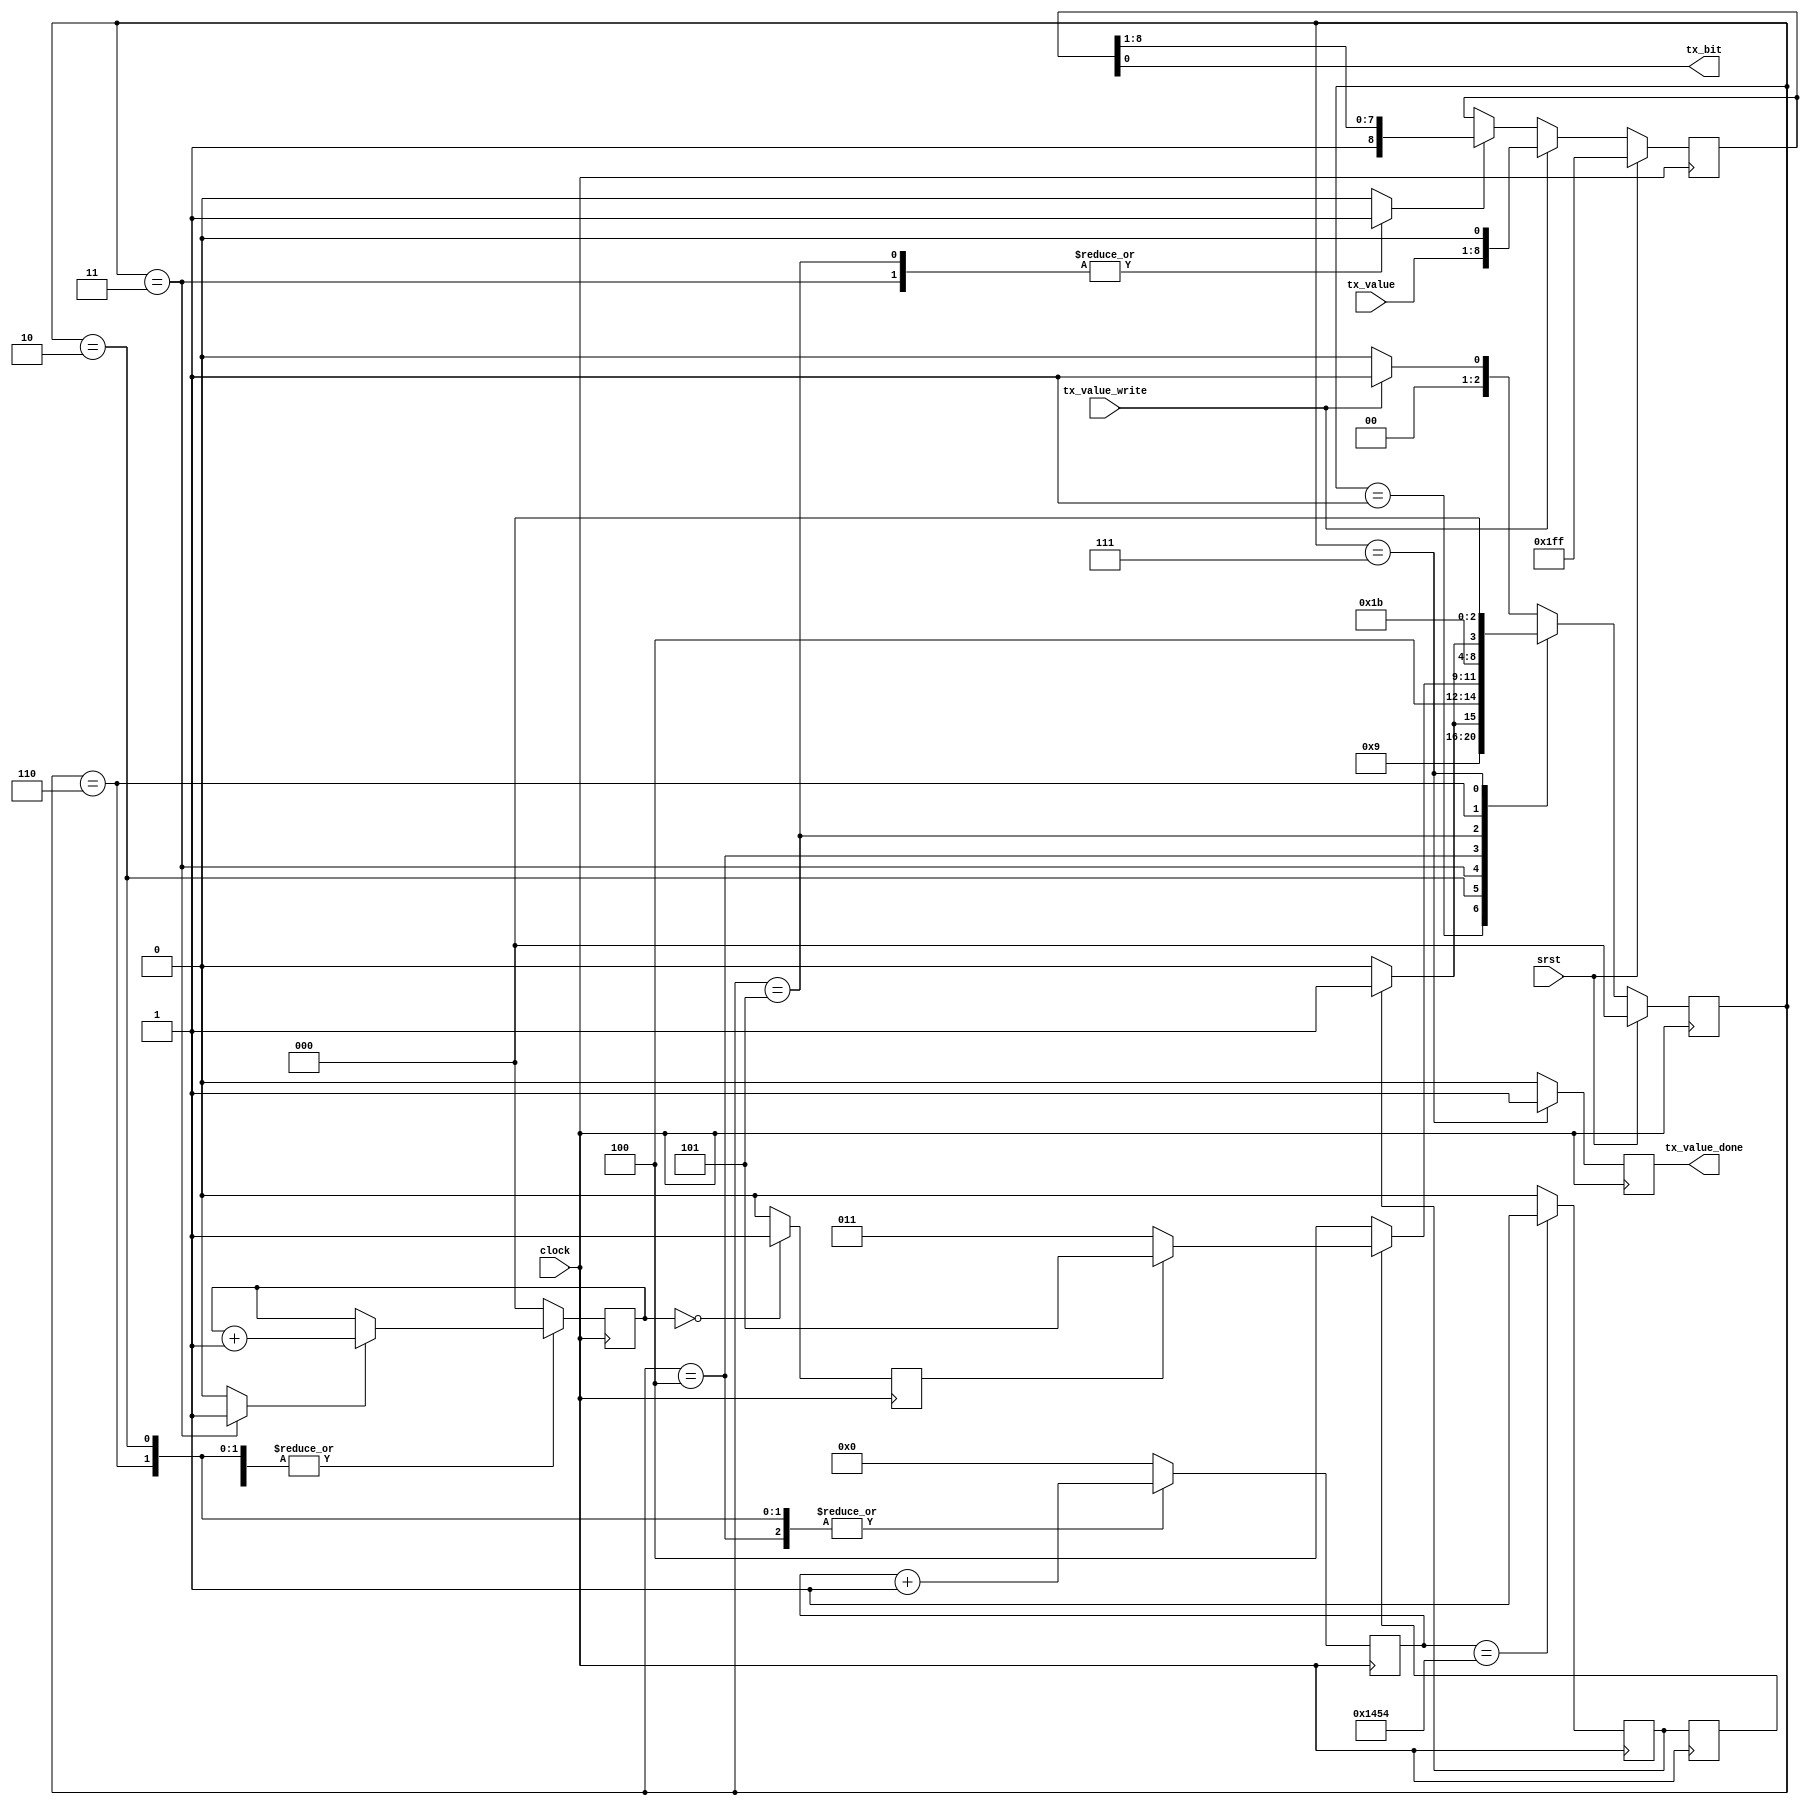
//-----------------------------------------------------------------------------
// Title         : Simple Uart TX Module
//-----------------------------------------------------------------------------
//-----------------------------------------------------------------------------
// Description :
// Implements a basic TX UART / 8-bit / No Parity / 1 Stop Bit
//-----------------------------------------------------------------------------
// Copyright (c) 2019 by Christophe Clienti. This model is the confidential and
// proprietary property of Christophe Clienti and the possession or use of this
// file requires a written license from Christophe Clienti.
//------------------------------------------------------------------------------

`timescale 1 ns / 100 ps

module simple_uart_tx
  #(parameter SYSTEM_FREQ = 50_000_000,
    parameter BAUD_RATE   = 9600)

   (input wire       clock,
    input wire       srst,

    output wire      tx_bit,

    input wire [7:0] tx_value,
    input wire       tx_value_write,
    output reg       tx_value_done);

   //---------------------------------------------------------------------------
   // Constants
   //---------------------------------------------------------------------------

   localparam NUM_BITS           = 8;
   localparam BITS_COUNTER_MAX   = NUM_BITS - 1;
   localparam LOG2_NUM_BITS      = $clog2(NUM_BITS);
   localparam BAUD_COUNTER_MAX   = SYSTEM_FREQ / BAUD_RATE - 4;
   localparam BAUD_COUNTER_WIDTH = $clog2(BAUD_COUNTER_MAX + 1);


   //---------------------------------------------------------------------------
   // Baud Counter
   //---------------------------------------------------------------------------

   reg [BAUD_COUNTER_WIDTH-1 : 0] baud_counter;
   reg baud_counter_reset;
   reg baud_counter_max_new;
   reg baud_counter_max;
   reg baud_counter_max2;

   always @(posedge clock) begin
      if (baud_counter_reset == 1'b1) begin
         baud_counter <= 0;
      end
      else begin
         baud_counter <= baud_counter + 1'b1;
      end
   end

   always @(*) begin
      if (baud_counter == BAUD_COUNTER_MAX[BAUD_COUNTER_WIDTH-1:0]) begin
         baud_counter_max_new = 1'b1;
      end
      else begin
         baud_counter_max_new = 1'b0;
      end
   end

   always @(posedge clock) begin
      baud_counter_max <= baud_counter_max_new;
      baud_counter_max2 <= baud_counter_max;
   end


   //---------------------------------------------------------------------------
   // TX Bits Counter
   //---------------------------------------------------------------------------

   reg [LOG2_NUM_BITS-1 : 0] bits_counter;
   reg bits_counter_incr;
   reg bits_counter_reset;
   reg bits_counter_max;

   always @(posedge clock) begin
      if (bits_counter_reset == 1'b1) begin
         bits_counter <= 0;
      end
      else if (bits_counter_incr == 1'b1) begin
         bits_counter <= bits_counter + 1'b1;
      end
   end

   always @(posedge clock) begin
      if (bits_counter == 0) begin
         bits_counter_max <= 1'b1;
      end
      else begin
         bits_counter_max <= 1'b0;
      end
   end


   //---------------------------------------------------------------------------
   // Receive shift register
   //---------------------------------------------------------------------------

   // The tx_shift_reg width use NUM_BITS+2 bits to send the
   // start The stop will be sent automatically at the end becuse we
   // push 1 in the shift register. The bit tx_shift_reg[0] will be
   // directly assigned to the output of the module.
   reg [NUM_BITS : 0] tx_shift_reg;
   reg tx_shift;

   always @(posedge clock) begin
      if (srst == 1'b1) begin
         tx_shift_reg <= {(NUM_BITS+1){1'b1}};
      end
      else begin
         if (tx_value_write == 1'b1) begin
            tx_shift_reg <= {/*word: */ tx_value, /*start: */ 1'b0};
         end
         else if (tx_shift == 1'b1) begin
            // We send bits LSB first.
            tx_shift_reg <= {1'b1, tx_shift_reg[NUM_BITS : 1]};
         end
      end
   end


   //---------------------------------------------------------------------------
   // Finite State Machine
   //---------------------------------------------------------------------------
   // _____         _____  _____  _____  _____  _____
   // IDLE \ START /  B0 \/  B1 \/ ... \/  B7 \/ STOP
   //       \_____/\_____/\_____/\_____/\_____/
   //      |   |      |      |      |      |      |
   //    Rst  Half   Max    Max    ...
   //    Baud Baud   Baud   Baud
   //         +Rst   +Rst   +Rst
   //

   localparam STATE_IDLE       = 0;
   localparam STATE_START      = 1;
   localparam STATE_START_WAIT = 2;
   localparam STATE_SEND       = 3;
   localparam STATE_SEND_WAIT  = 4;
   localparam STATE_STOP       = 5;
   localparam STATE_STOP_WAIT  = 6;
   localparam STATE_DONE       = 7;
   localparam LOG2_STATES      = $clog2(STATE_DONE + 1);

   reg [LOG2_STATES-1 : 0] state_reg, state_new;
   reg                     tx_value_done_comb;

   // State register
   always @(posedge clock) begin
      if (srst == 1'b1) begin
         state_reg <= STATE_IDLE;
      end
      else begin
         state_reg <= state_new;
      end
   end

   // State transitions
   always @(*) begin
      case(state_reg)
         default: begin // STATE_IDLE
            if (tx_value_write == 1'b1) begin
               state_new = STATE_START;
            end
            else begin
               state_new = STATE_IDLE;
            end
         end

         STATE_START: begin
            state_new = STATE_START_WAIT;
         end

         STATE_START_WAIT: begin
            if (baud_counter_max == 1'b1) begin
               state_new = STATE_SEND;
            end
            else begin
               state_new = STATE_START_WAIT;
           end
         end

         STATE_SEND: begin
             state_new = STATE_SEND_WAIT;
         end

         STATE_SEND_WAIT: begin
            if (baud_counter_max2 == 1'b1) begin
               if (bits_counter_max == 1'b1) begin
                  state_new = STATE_STOP;
               end
               else begin
                  state_new = STATE_SEND;
              end
            end
            else begin
               state_new = STATE_SEND_WAIT;
           end
         end

         STATE_STOP: begin
            state_new = STATE_STOP_WAIT;
         end

         STATE_STOP_WAIT: begin
            // we use baud_counter_max to save cycle in order to
            // restart faster. The Stop bit will be a 2 cycles too
            // short but this not an issue.
            if (baud_counter_max == 1'b1) begin
               state_new = STATE_DONE;
            end
            else begin
               state_new = STATE_STOP_WAIT;
            end
         end

         STATE_DONE: begin
            state_new = STATE_IDLE;
         end
     endcase
   end

   // State actions
   always @(*) begin
      case(state_reg)
         default: begin // STATE_IDLE
            baud_counter_reset = 1'b1;
            bits_counter_reset = 1'b1;
            bits_counter_incr  = 1'b0;
            tx_shift           = 1'b0;
            tx_value_done_comb = 1'b0;
         end

         STATE_START: begin
            baud_counter_reset = 1'b1;
            bits_counter_reset = 1'b0;
            bits_counter_incr  = 1'b0;
            tx_shift           = 1'b0;
            tx_value_done_comb = 1'b0;
         end

         STATE_START_WAIT: begin
            baud_counter_reset = 1'b0;
            bits_counter_reset = 1'b0;
            bits_counter_incr  = 1'b0;
            tx_shift           = 1'b0;
            tx_value_done_comb = 1'b0;
         end

         STATE_SEND: begin
            baud_counter_reset = 1'b1;
            bits_counter_reset = 1'b0;
            bits_counter_incr  = 1'b1;
            tx_shift           = 1'b1;
            tx_value_done_comb = 1'b0;
         end

         STATE_SEND_WAIT: begin
            baud_counter_reset = 1'b0;
            bits_counter_reset = 1'b0;
            bits_counter_incr  = 1'b0;
            tx_shift           = 1'b0;
            tx_value_done_comb = 1'b0;
         end

         STATE_STOP: begin
            baud_counter_reset = 1'b1;
            bits_counter_reset = 1'b0;
            bits_counter_incr  = 1'b0;
            tx_shift           = 1'b1;
            tx_value_done_comb = 1'b0;
         end

         STATE_STOP_WAIT: begin
            baud_counter_reset = 1'b0;
            bits_counter_reset = 1'b0;
            bits_counter_incr  = 1'b0;
            tx_shift           = 1'b0;
            tx_value_done_comb = 1'b0;
         end

         STATE_DONE: begin
            baud_counter_reset = 1'b1;
            bits_counter_reset = 1'b1;
            bits_counter_incr  = 1'b0;
            tx_shift           = 1'b0;
            tx_value_done_comb = 1'b1;
         end
      endcase
   end


   //---------------------------------------------------------------------------
   // Output
   //---------------------------------------------------------------------------

   always @(posedge clock) begin
      tx_value_done <= tx_value_done_comb;
   end

   assign tx_bit = tx_shift_reg[0];

endmodule